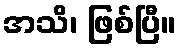
အသိ၊ ဖြစ်ပြီ။